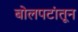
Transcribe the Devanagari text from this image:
बोलपटांतून